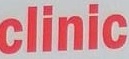
clinic